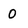
Character: 0